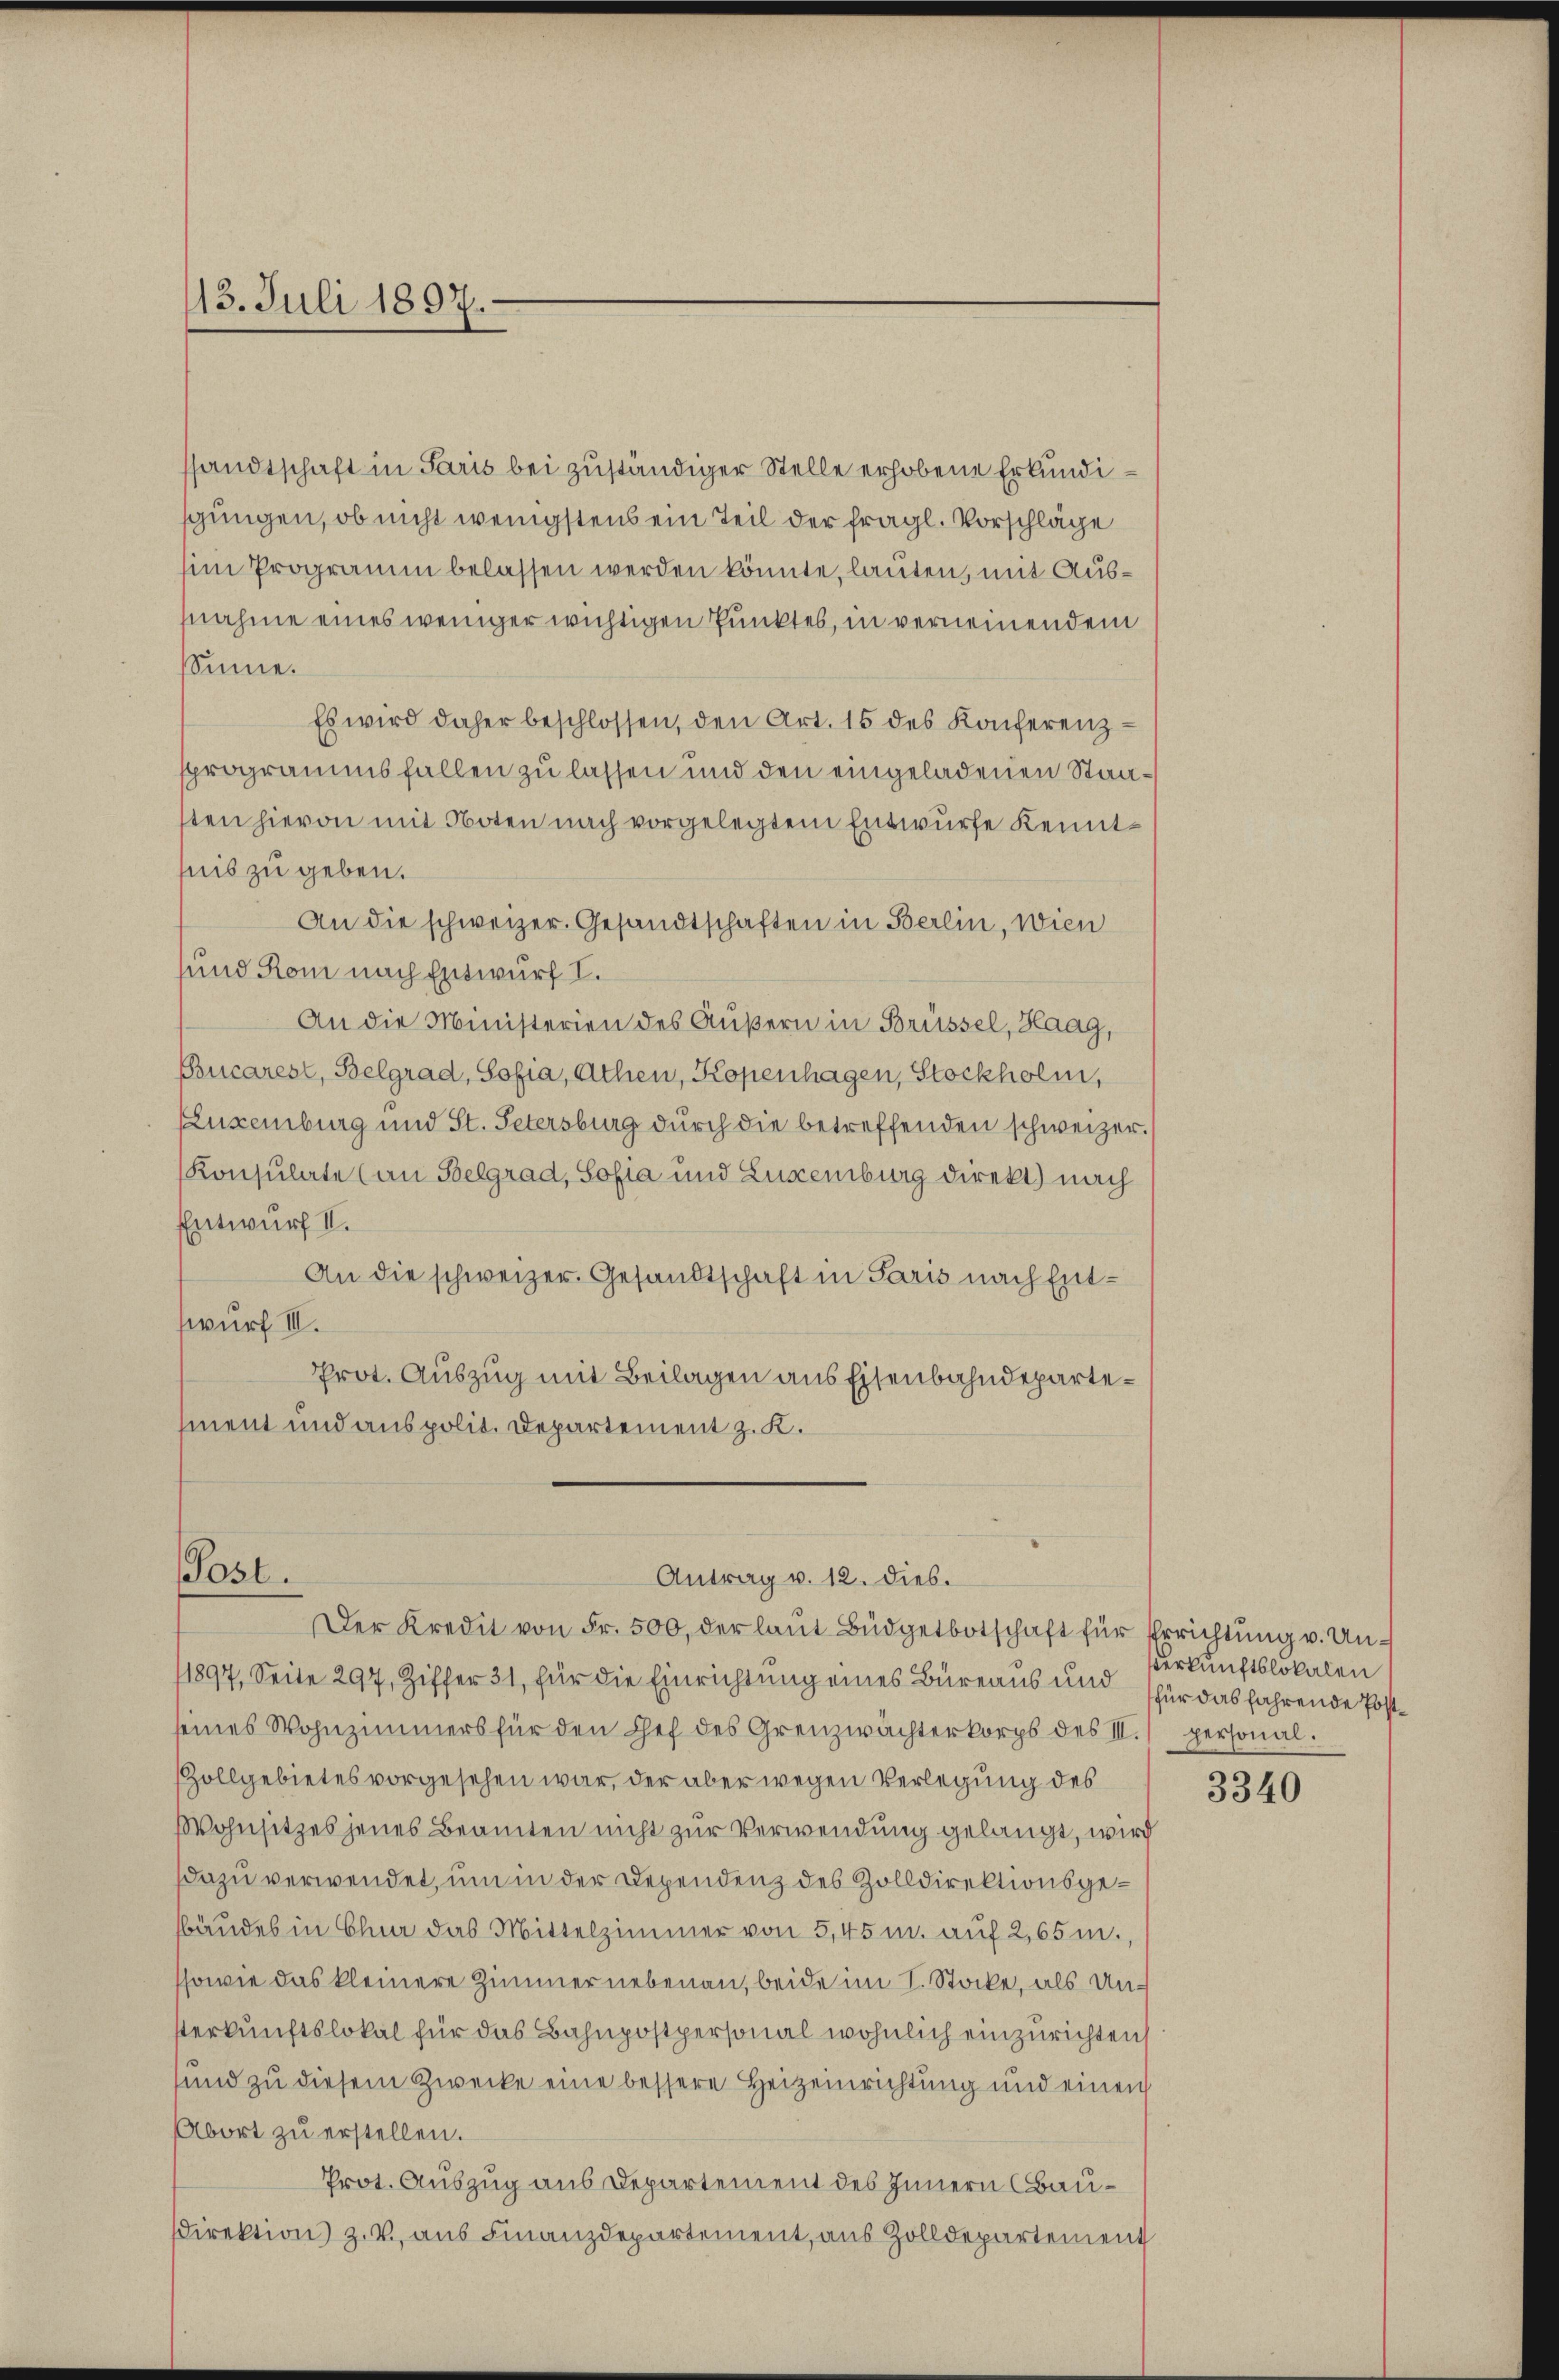
13. Juli 1897.

sandtschaft in Paris bei zuständiger Stelle erhobene Erkundisgungen, ob nicht wenigstens ein Teil der fragl. Vorschläge
im Programm belassen werden könnte, lauten, mit Ausnahme eines weniger wichtigen Punktes, in verneinendem
Sinne.
Es wird daher beschlossen, den Art. 15 des Konferenzsprogrammsfallen zu lassen und den eingeladenen Staasten hievon mit Noten nach vorgelegtem Entwurfe kenntnis zu geben.
An die schweizer. Gesandtschaften in Berlin, wien
sund Rom nach Entwurf I.
An die Ministerien des Äußern in Brüssel, Haag,
Bucarest, Belgrad, Sofia, Athen, Kopenhagen, Stockholm,
ELuxenburg und St. Petersburg durch die betreffenden schweizer.
Konsulate (an Belgrad, Sofia und Luxenburg direkt.) nach
Entwurf II.
An die schweizer. Gesandtschaft in Paris nach Entswurf III.
Prot. Auszug mit Beilagen aus Eisenbahndepartement und aus polit. Departement z. K.

0st.
Antrag v. 12. dies.
Der Kredit von Fr. 500, der laŭt Büdgetbotschaft für Errichtung v. Un¬

11897, Seite 297, Ziffer 31, für die Einrichtung eines Büreaus und für das fahrende Postseines Wohnzimmers für den Chef des Grenzwächterkorps des II. personal.
Zollgebietes vorgesehen war, der aber wegen Verlegung des
Wohnsitzes jenes Beamten nicht zur Verwendung gelangt, wird
dazu verwendet, um in der Dependenz des Zolldirektionsgebäudes in Char das Mittelzimmer von 5,45 m. auf 2,65 m.,
sowie das kleinere Zimmer nebenan, beide im I. Stocke, als Unsterkunftslokal für das Bahnpostpersonal wöhnlich einzurichten,
sund zu diesem Zwecke eine bessere Heizeinrichtung und einen
Abort zu erstellen.
Prot. Auszug aus Departement des Innern Bau¬
Direktion z. V. aus Finanzdepartement, aus Zolldepartement

Verkunftslokalen

3340